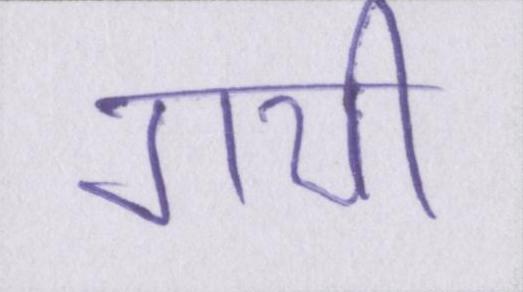
गयीँ